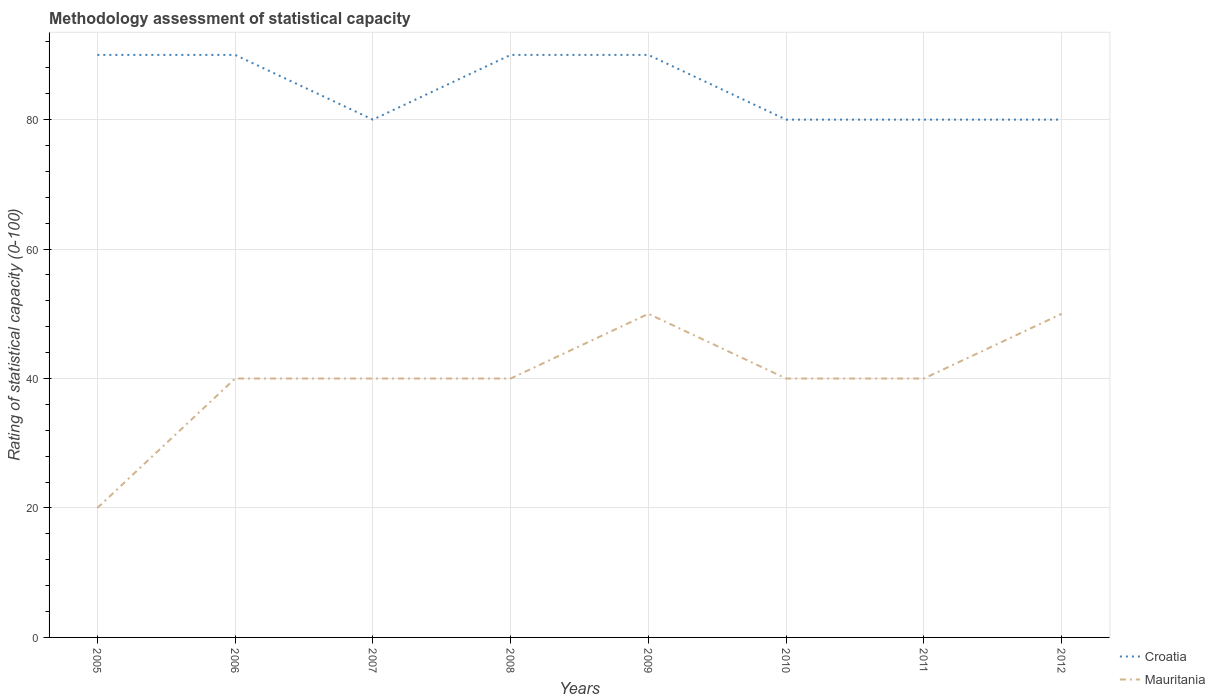
| Years | Croatia | Mauritania |
 | --- | --- | --- |
 | 2005 | 90 | 20 |
 | 2006 | 90 | 40 |
 | 2007 | 80 | 40 |
 | 2008 | 90 | 40 |
 | 2009 | 90 | 50 |
 | 2010 | 80 | 40 |
 | 2011 | 80 | 40 |
 | 2012 | 80 | 50 |